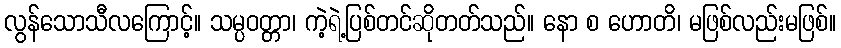
လွန်သောသီလကြောင့်။ သမ္ပဝတ္တာ၊ ကဲ့ရဲ့ပြစ်တင်ဆိုတတ်သည်။ နော စ ဟောတိ၊ မဖြစ်လည်းမဖြစ်။